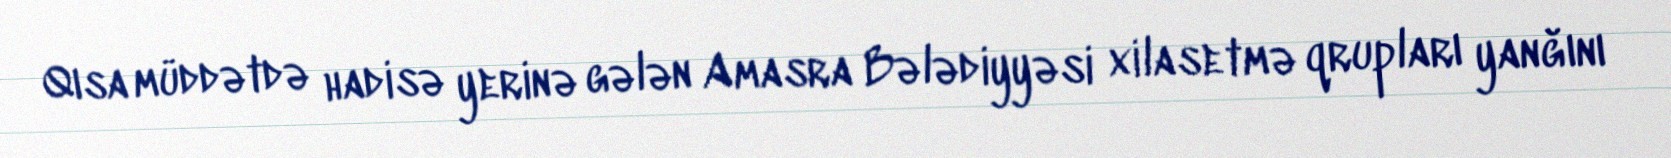
Qısa müddətdə hadisə yerinə gələn Amasra Bələdiyyəsi xilasetmə qrupları yanğını